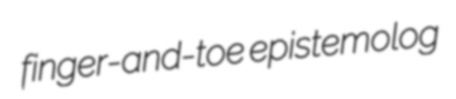
finger-and-toe epistemolog